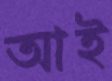
আই